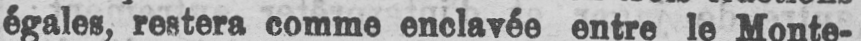
égales, restera comme enclavée entre le Monte-